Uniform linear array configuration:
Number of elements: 24
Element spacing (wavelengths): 0.5
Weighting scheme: kaiser
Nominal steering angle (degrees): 15
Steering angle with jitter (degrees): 14.555
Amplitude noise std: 0.05
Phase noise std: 0.05

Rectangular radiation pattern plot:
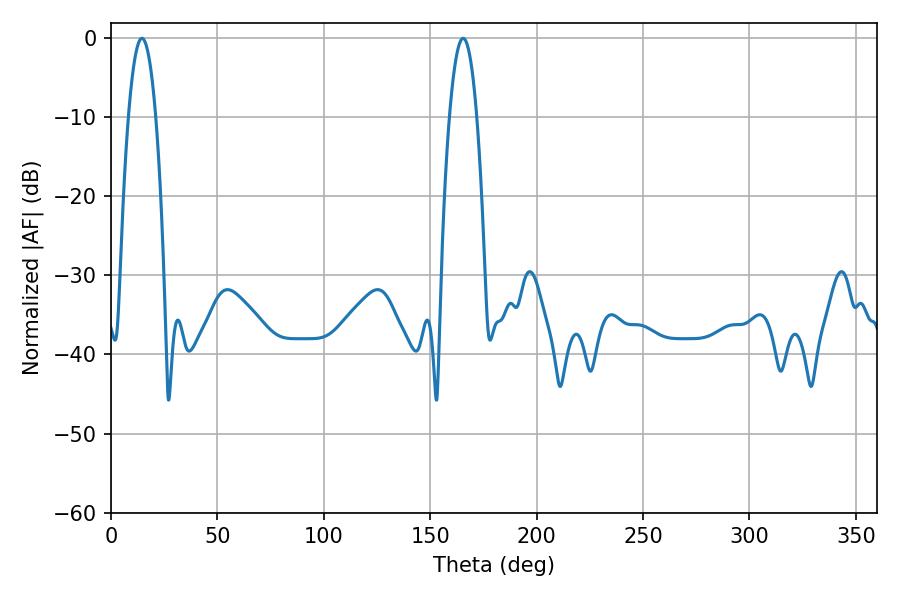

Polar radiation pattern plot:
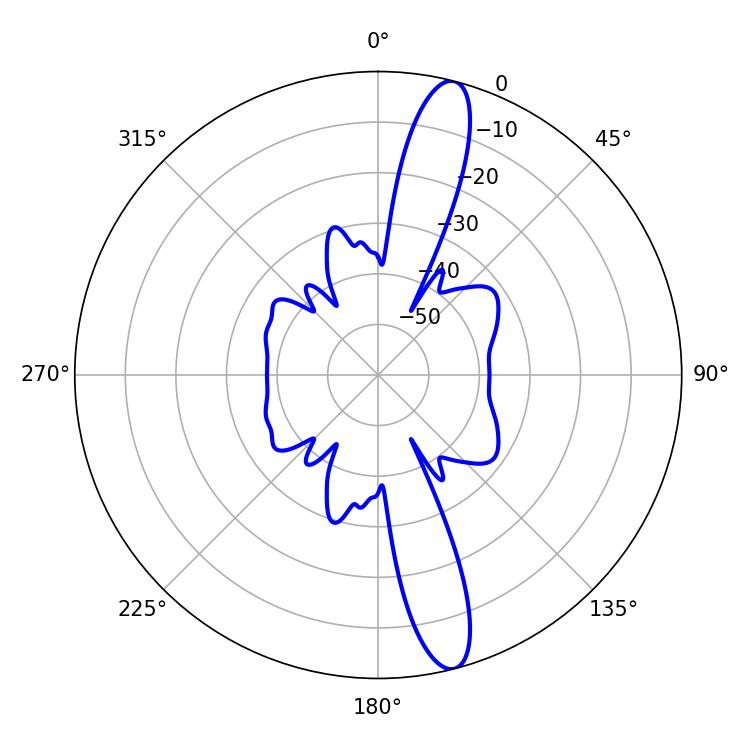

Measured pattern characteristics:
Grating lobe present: FALSE
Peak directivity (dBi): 14.753
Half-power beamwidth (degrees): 7.2
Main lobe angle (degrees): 14.58